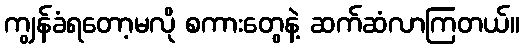
ကျွန်ခံရတော့မလို စကားတွေနဲ့ ဆက်ဆံလာကြတယ်။